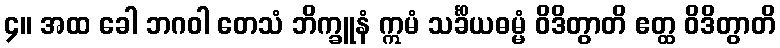
၄။ အထ ခေါ ဘဂဝါ တေသံ ဘိက္ခူနံ ဣမံ သင်္ခိယဓမ္မံ ဝိဒိတွာတိ ဧတ္ထ ဝိဒိတွာတိ